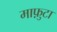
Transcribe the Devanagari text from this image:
माफ़ुटा